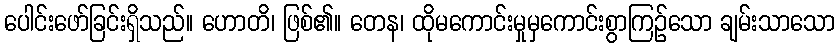
ပေါင်းဖော်ခြင်းရှိသည်။ ဟောတိ၊ ဖြစ်၏။ တေန၊ ထိုမကောင်းမှုမှကောင်းစွာကြဉ်သော ချမ်းသာသော